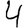
Digit: 4